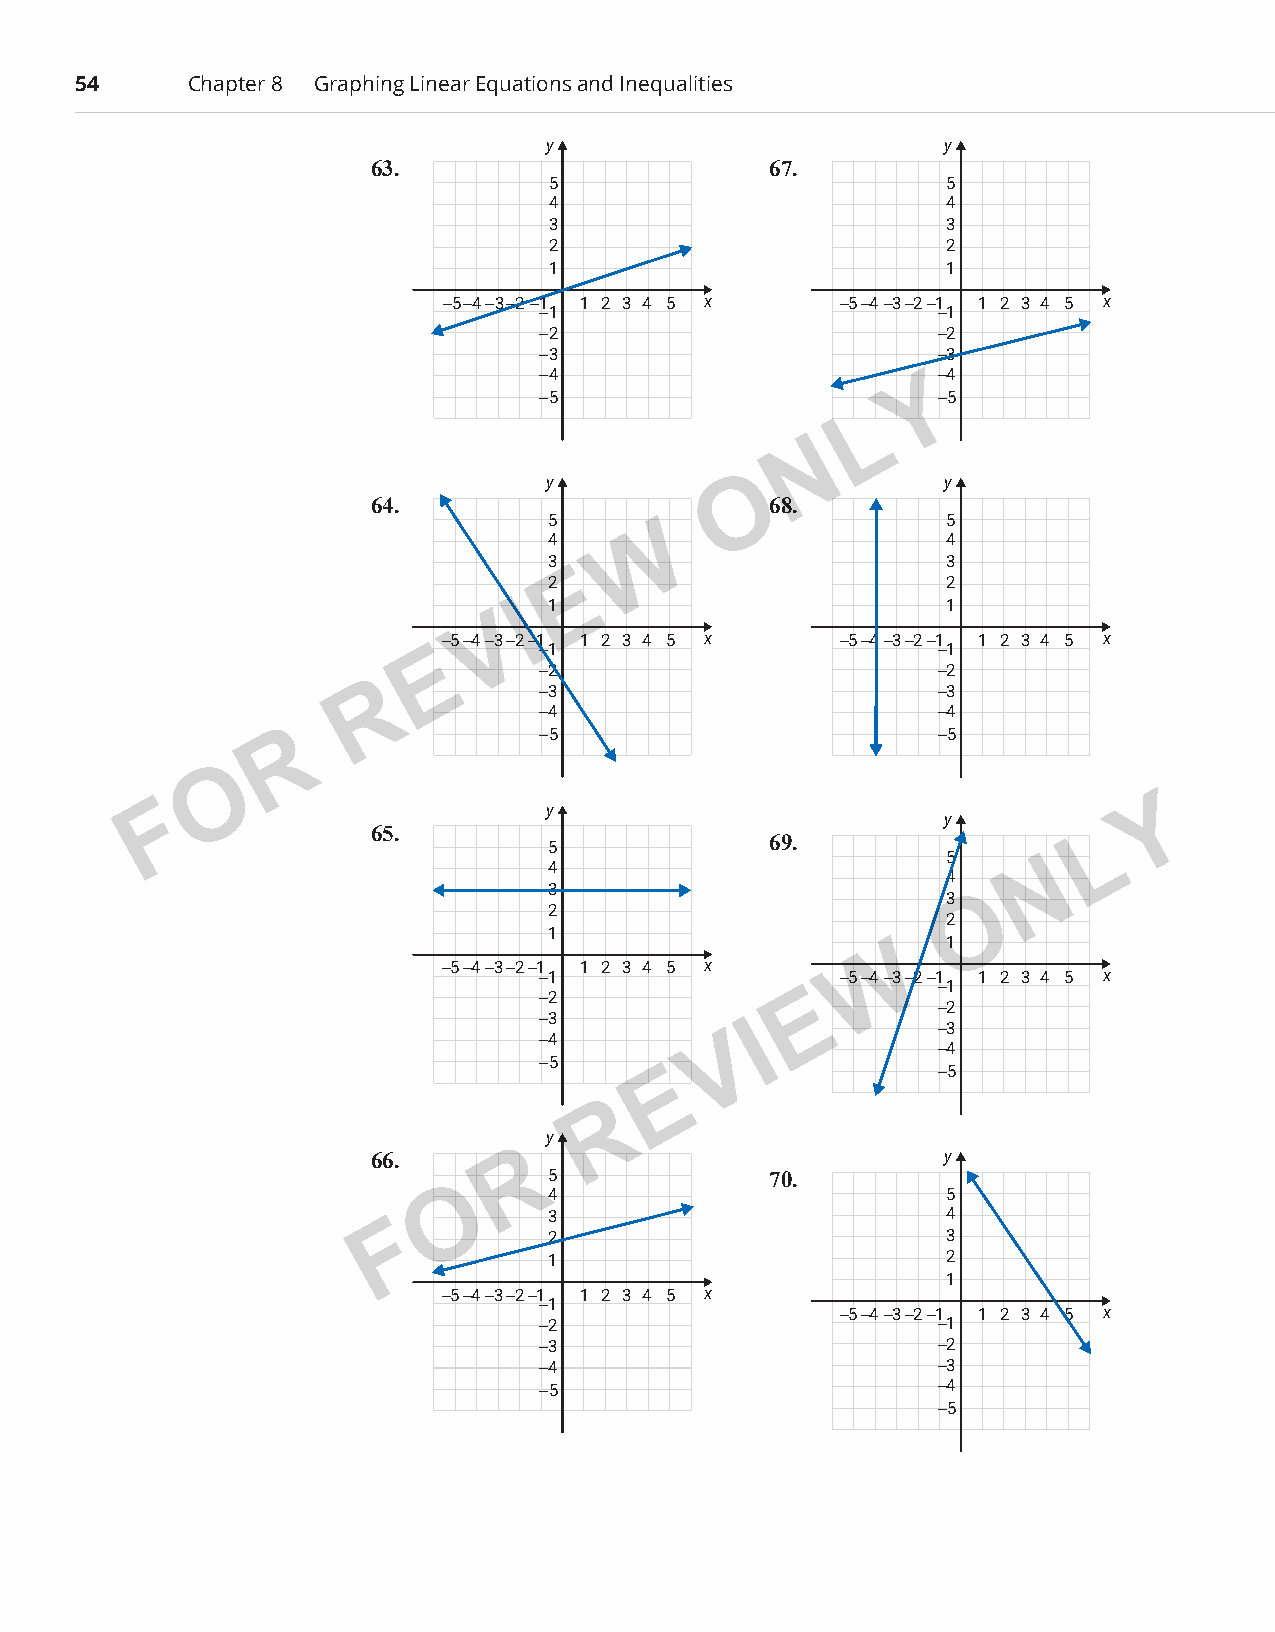
54      Chapter 8 Graphing Linear Equations and Inequalities
 y                          y
 63.                       67.
 5                         5
 4                         4
 3                         3
 2                         2
 1                         1
 −5−4−3−2−1 1 2 3 4 5 x    −5−4−3−2−1 1 2 3 4 5 x
 −1                        −1
 −2                        −2
 −3                        −3
 −4                       Y −4
 −5                        −5
 L
 N
 y            O             y
 64.                       68.
 5                          5
 W
 4                          4
 3                          3
 E
 2                          2
 I1                          1
 V
 −5−4−3−2−1 1 2 3 4 5 x     −5−4−3−2−1 1 2 3 4 5 x
 E      −1                        −1
 −2                        −2
 R           −3                        −3
 −4                        −4
 R                −5                        −5
 O
 F                        y                                        Y
 y
 65.                                             L
 69.
 5
 4                          5     N
 4
 3
 3 O
 2
 2
 1
 1
 W
 −5−4−3−2−1 1 2 3 4 5 x
 −1                  −5−4−3−2−1 1 2 3 4 5 x
 −1
 −2               E
 −2
 −3
 I           −3
 −4          V
 −4
 −5
 E                 −5
 R
 y
 66.      R                            y
 5              70.
 O     4                          5
 3                          4
 F
 2                          3
 1                          2
 1
 −5−4−3−2−1 1 2 3 4 5 x
 −1
 −5−4−3−2−1 1 2 3 4 5 x
 −2                        −1
 −3                        −2
 −4                        −3
 −5                        −4
 −5
 PCM_Marketing_Booklet.indb 54                                            10/11/2017 10:01:17 AM